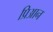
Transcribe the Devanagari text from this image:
प्रिआन